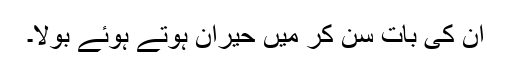
ان کی بات سن کر میں حیران ہوتے ہوئے بولا۔